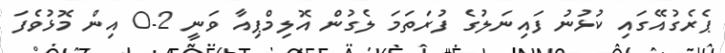
ޕެރެގުއޭގައި ކުޅުނު ފައިނަލުގެ ފުރަތަމަ ލެގުން އޮލިމްޕިއާ ވަނީ 2-0 އިން މޮޅުވެފަ